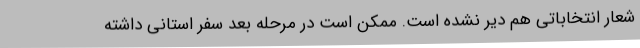
شعار انتخاباتی هم دیر نشده است. ممکن است در مرحله بعد سفر استانی داشته